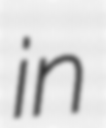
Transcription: in